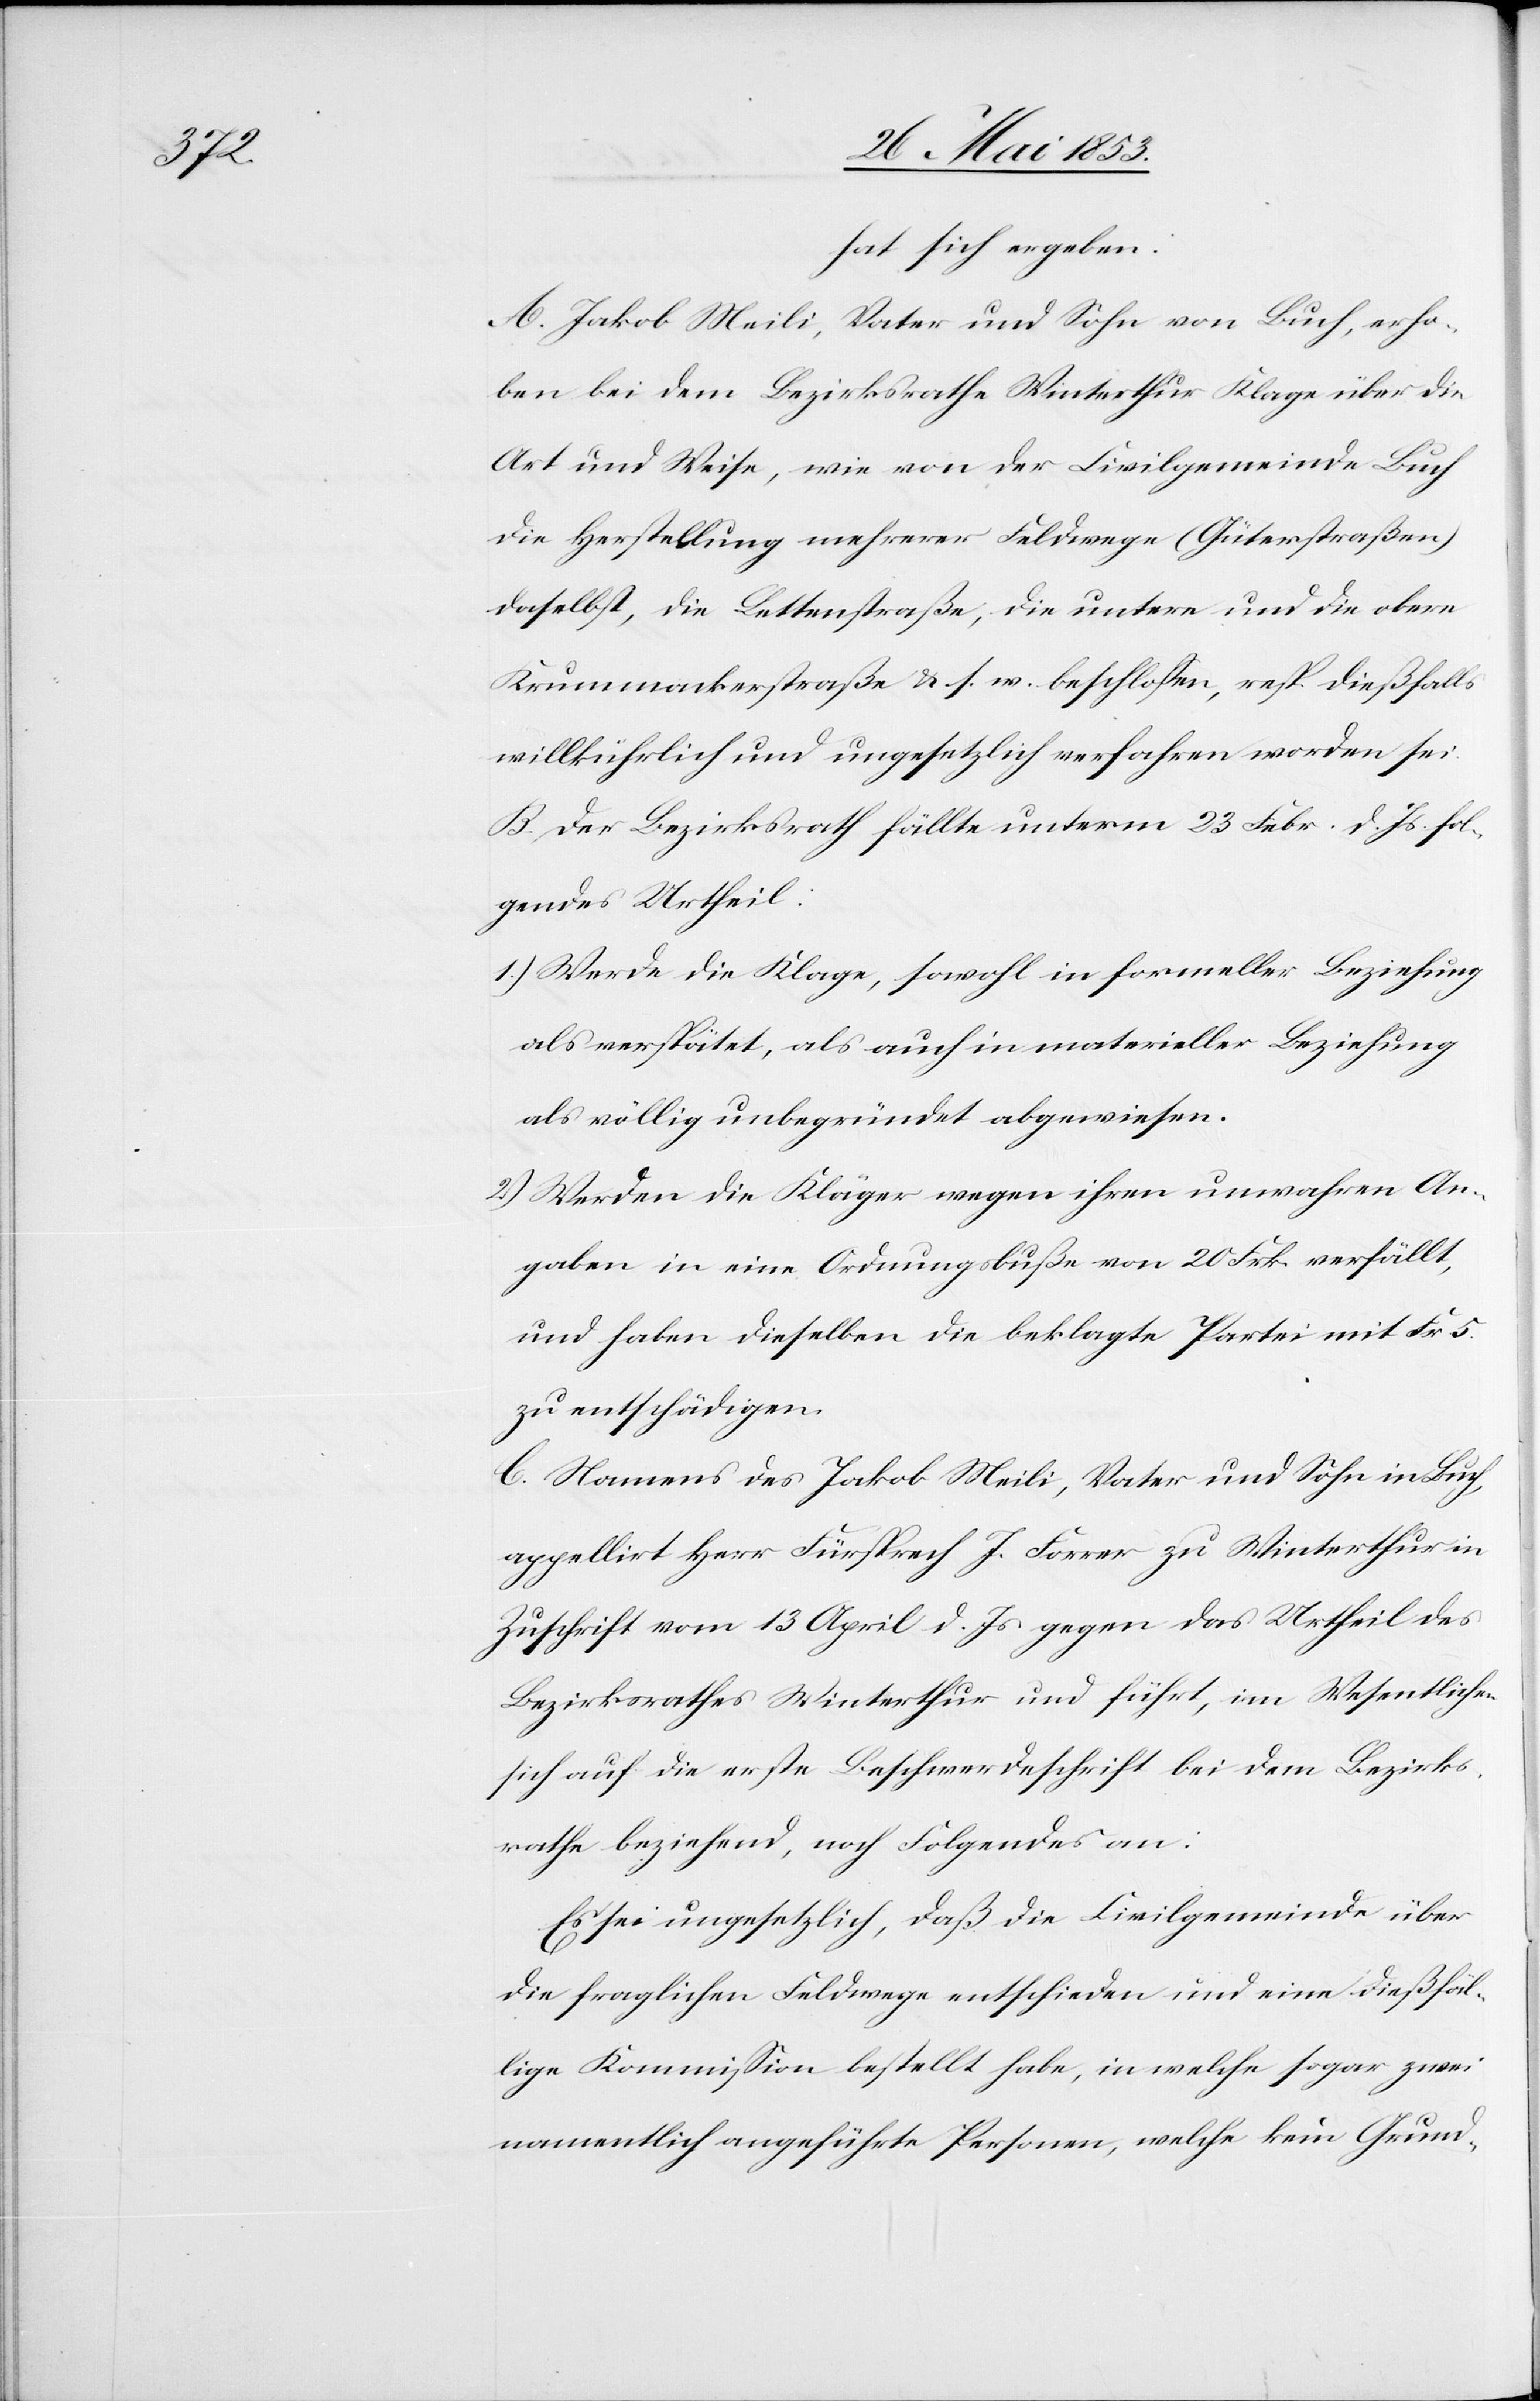
hat sich ergeben:
A. Jakob Meili, Vater und Sohn von Buch, erho¬
ben bei dem Bezirksrathe Winterthur Klage über die
Art und Weise, wie von der Civilgemeinde Buch
die Herstellung mehrerer Feldwege (Güterstraßen)
daselbst, die Bettenstraße, die untere und obere
Krummackerstraße u. s. w. beschloßen, resp. dießfalls
willkührlich und ungesetzlich verfahren worden sei.
B. Der Bezirksrath fällte unterm 23. Febr. d. Js. fol¬
gendes Urtheil:
1.) Werde die Klage, sowohl in formeller Beziehung
als verspätet, als auch in materieller Beziehung
als völlig unbegründet abgewiesen.
2.) Werden die Kläger wegen ihren unwahren An¬
gaben in eine Ordnungsbuße von 20 Frk. verfällt,
und haben dieselben die beklagte Partei mit Fr. 5.
zu entschädigen.
C. Namens des Jakob Meili, Vater und Sohn in Buch,
appellirt Herr Fürsprech J. Forrer zu Winterthur in
Zuschrift vom 13 April d. Js. gegen das Urtheil des
Bezirksrathes Winterthur und führt, im Wesentlichen
sich auf die erste Beschwerdeschrift bei dem Bezirks¬
rathe beziehend, noch Folgendes an:
Es sei ungesetzlich, daß die Civilgemeinde über
die fraglichen Feldwege entschieden und eine dießfäl¬
lige Kommißion bestellt habe, in welche sogar zwei
namentlich angeführte Personen, welche kein Grund-